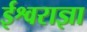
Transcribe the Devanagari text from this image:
ईश्वराज्ञा